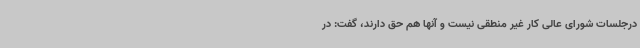
درجلسات شورای عالی کار غیر منطقی نیست و آنها هم حق دارند، گفت: در